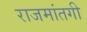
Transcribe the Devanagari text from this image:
राजमांतगी